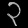
Digit: ၃